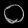
Digit: ၀